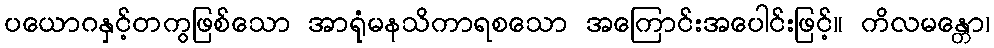
ပယောဂနှင့်တကွဖြစ်သော အာရုံမနသိကာရစသော အကြောင်းအပေါင်းဖြင့်။ ကိလမန္တော၊